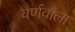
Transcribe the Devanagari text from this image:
वर्णवाला